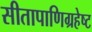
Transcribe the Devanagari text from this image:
सीतापाणिग्रहेष्ट